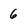
Character: 6